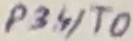
Text: P3.4/T0